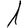
Digit: 1